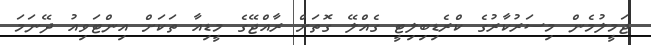
ޖަމީލުމެން މިސަރުކާރުގެ ކްރެޑިބިލިޓީ ގެއްލޭ ގޮތަށް ރާއްޖޭގެ މީޑިއާ ތަކަށް އިންޓަވިއު ދޭނަމަ